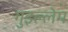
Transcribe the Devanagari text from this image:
गुइल्लेम